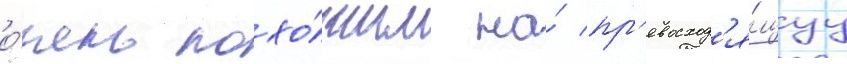
о́чень похо́жим на́ пр'евосход'я́щуу